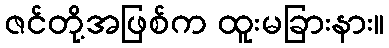
ဇင်တို့အဖြစ်က ထူးမခြားနား။